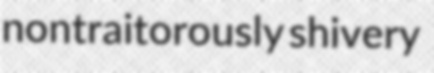
nontraitorously shivery